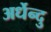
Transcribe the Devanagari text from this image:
अर्धेन्दु